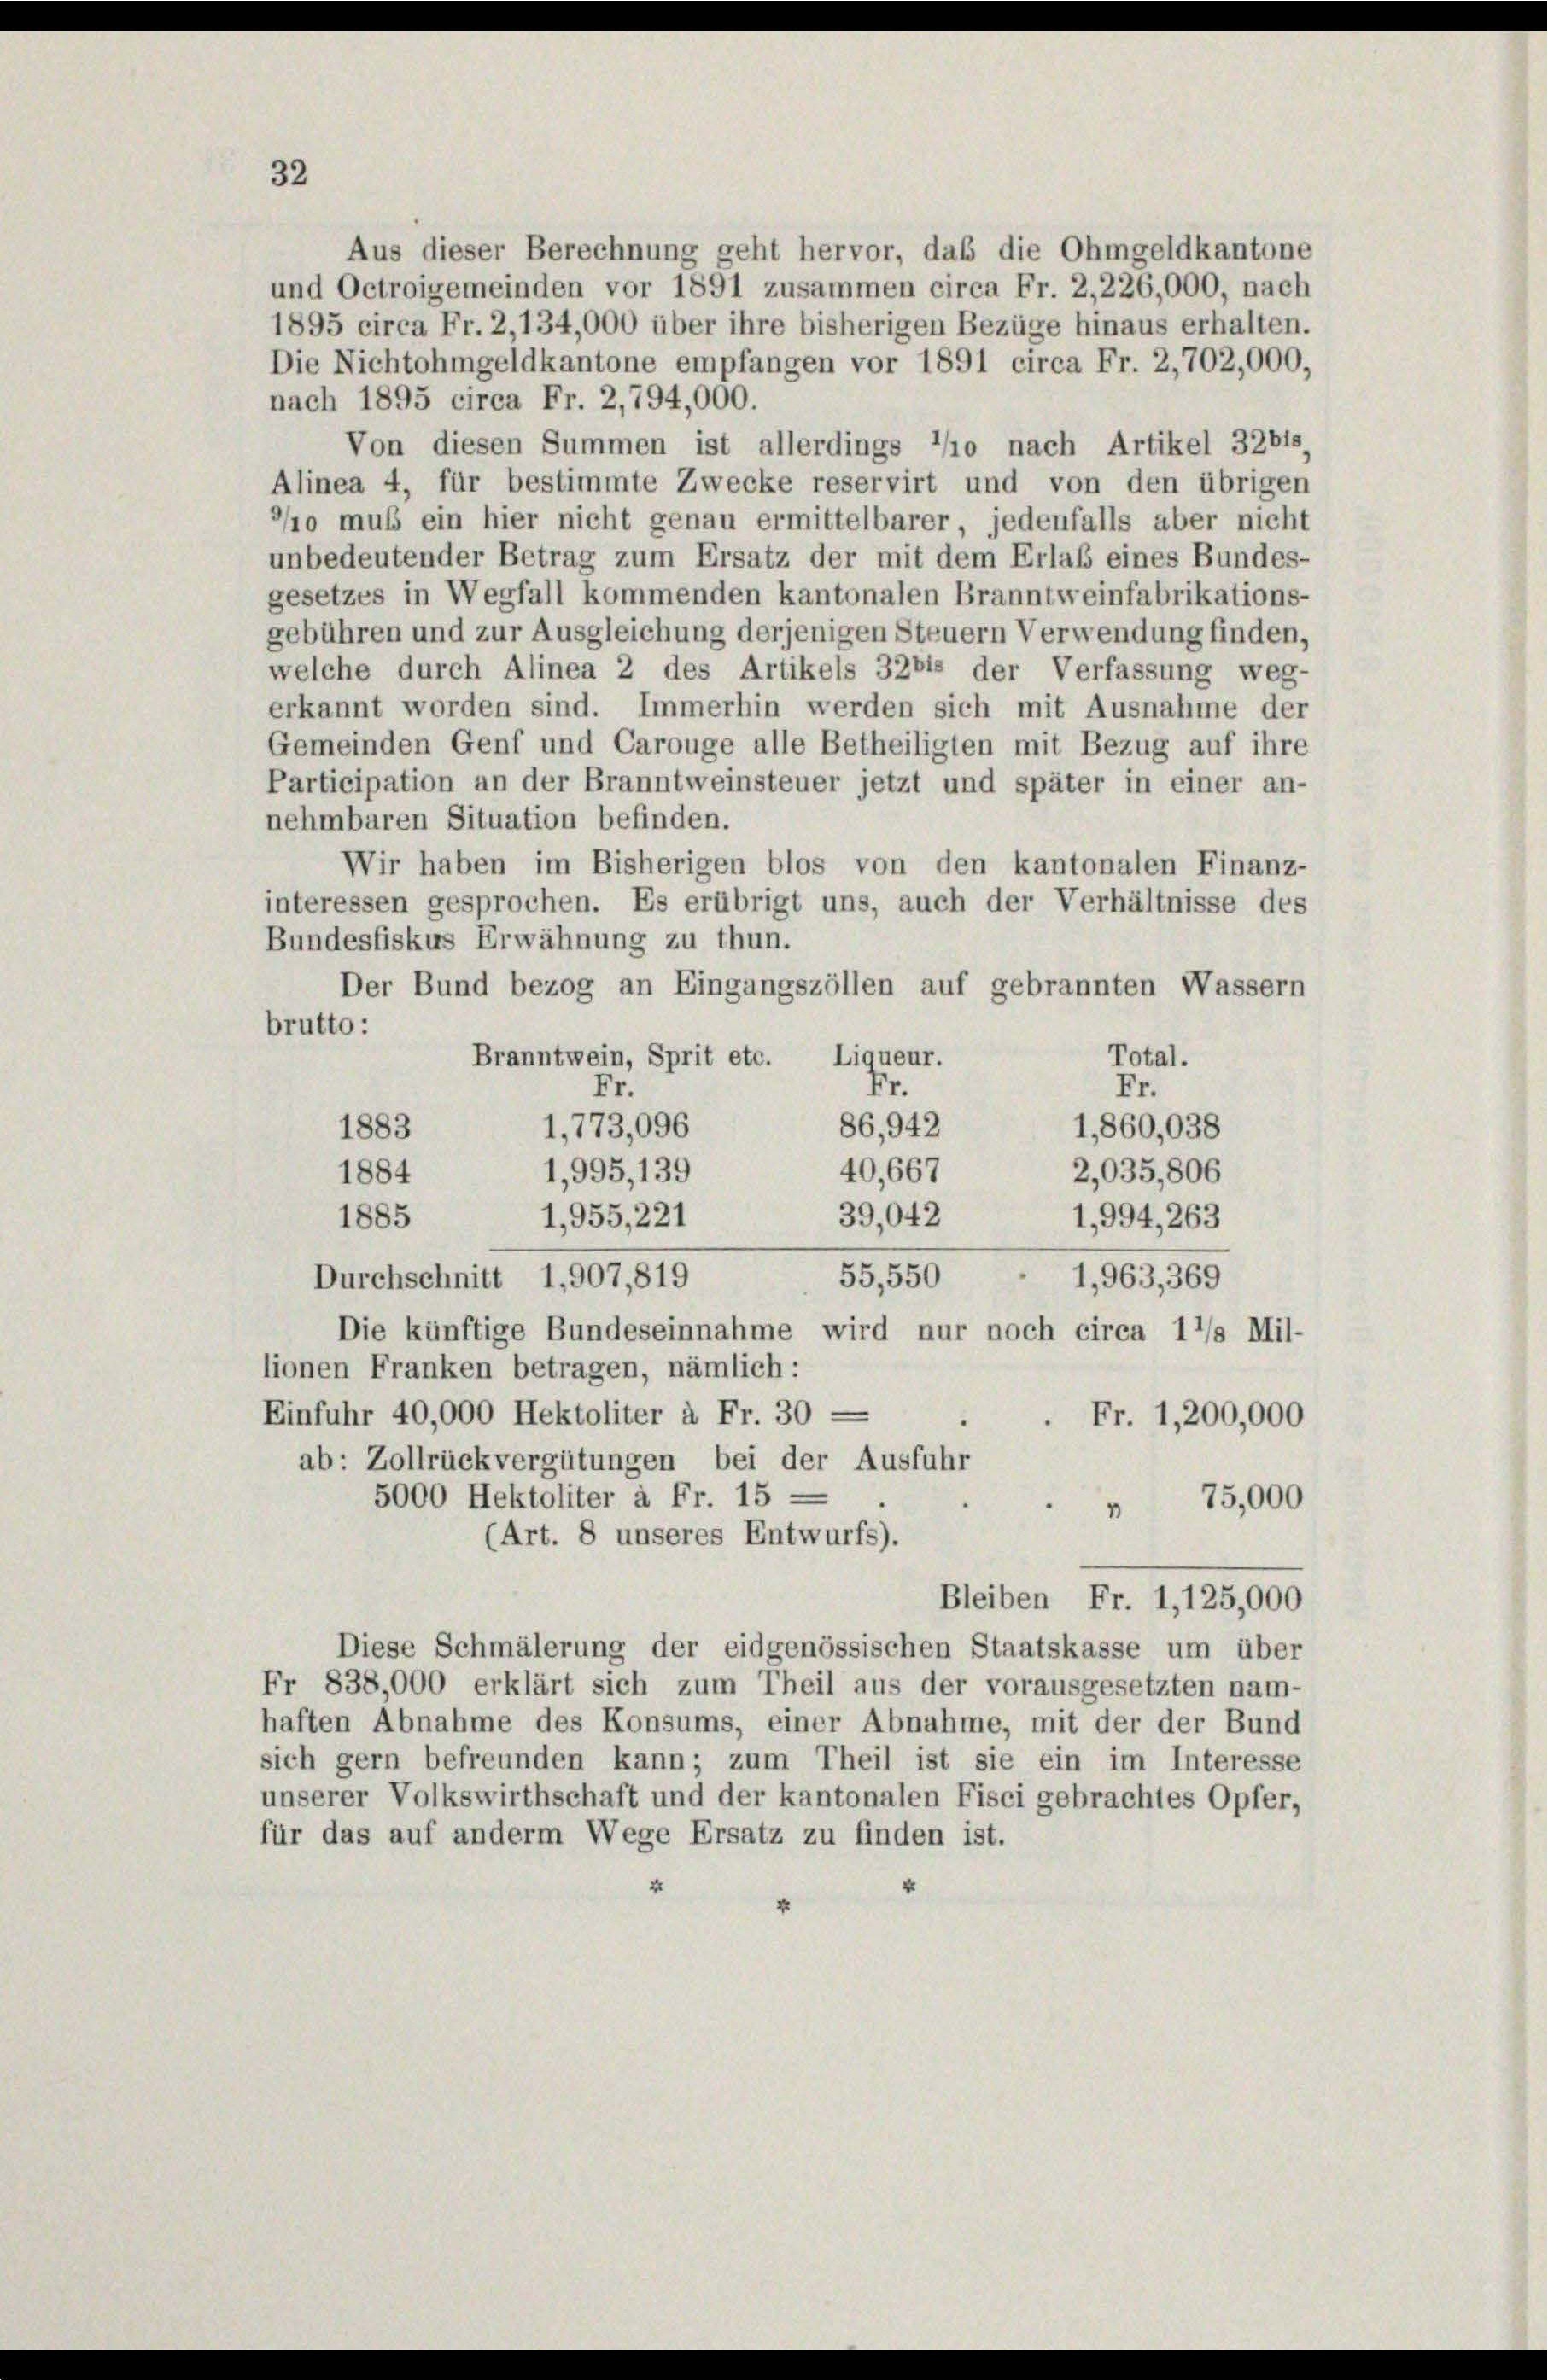
32

Aus dieser Berechnung geht hervor, das die Ohmgeldkantone
und Octroigemeinden vor 1891 zusammen circa Fr. 2,226,000, nach
1895 circa Fr. 2,134,000 über ihre bisherigen Bezüge hinaus erhalten.
Die Nichtohmgeldkantone empfangen vor 1891 circa Fr. 2,702,000,
nach 1895 circa Fr. 2,794,000.
Von diesen Summen ist allerdings */io nach Artikel 32b1s
Alinea 4, für bestimmte Zwecke reservirt und von den übrigen
/o muß ein hier nicht genau ermittelbarer jedenfalls aber nicht
unbedeutender Betrag zum Ersatz der mit dem Erlaß eines Bundes-
gesetzes in Wegfall kommenden kantonalen Branntweinfabrikations-
gebühren und zur Ausgleichung derjenigen Steuern Verwendung finden,
welche durch Alinea 2 des Artikels 3281 der Verfassung weg-
erkannt worden sind. Immerhin werden sich mit Ausnahme der
Gemeinden Genf und Carouge alle Betheiligten mit Bezug auf ihre
Participation an der Branntweinsteuer jetzt und später in einer an-
nehmbaren Situation befinden.
Wir haben im Bisherigen blos von den kantonalen Finanz-
interessen gesprochen. Es erübrigt uns, auch der Verhältnisse des
Bundesfiskus Erwähnung zu thun.
Der Bund bezog an Eingangszöllen auf gebrannten Wassern
brutto:
Total.
Branntwein, Sprit etc. Liqueur.
Fr.
Fr.
Fr.
1,773,096
86,942
1,860,038
1883
40,667
1,995, 139
2,035,806
1884
1885
1,994, 263
1,955,221
39,042
55,550 - 1,963,369
Durchschnitt 1,907,819
Die künftige Bundeseinnahme wird nur noch circa 1’/s Mil-
lionen Franken betragen, nämlich:
Einfuhr 40,000 Hektoliter à Fr. 30 -
Fr. 1,200,000
ab: Zollrückvergütungen bei der Ausfuhr
5000 Hektoliter à Fr. 15 -
 75,000
(Art. 8 unseres Entwurfs).
Bleiben Fr. 1,125,000
Diese Schmälerung der eidgenössischen Staatskasse um über
Fr 838,000 erklärt sich zum Theil aus der vorausgesetzten nam-
haften Abnahme des Konsums, einer Abnahme, mit der der Bund
sich gern befreunden kann; zum Theil ist sie ein im Interesse
unserer Volkswirthschaft und der kantonalen Fisci gebrachtes Opfer,
für das auf anderm Wege Ersatz zu finden ist.
2
4